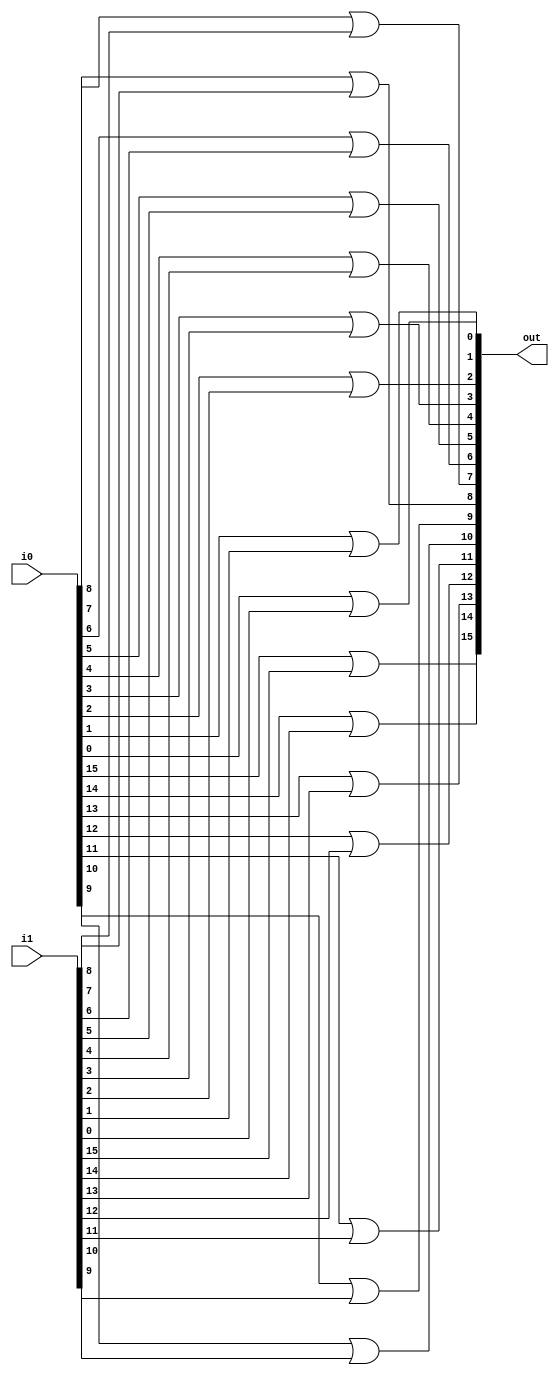
module Or16(output [15:0] out, input [15:0] i1, input [15:0] i0);
//modelling circuit
or(out[15],i0[15],i1[15]);
or(out[14],i0[14],i1[14]);
or(out[13],i0[13],i1[13]);
or(out[12],i0[12],i1[12]);
or(out[11],i0[11],i1[11]);
or(out[10],i0[10],i1[10]);
or(out[9],i0[9],i1[9]);
or(out[8],i0[8],i1[8]);
or(out[7],i0[7],i1[7]);
or(out[6],i0[6],i1[6]);
or(out[5],i0[5],i1[5]);
or(out[4],i0[4],i1[4]);
or(out[3],i0[3],i1[3]);
or(out[2],i0[2],i1[2]);
or(out[1],i0[1],i1[1]);
or(out[0],i0[0],i1[0]);
endmodule